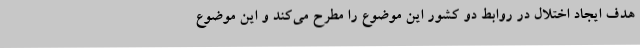
هدف ایجاد اختلال در روابط دو کشور این موضوع را مطرح می‌کند و این موضوع